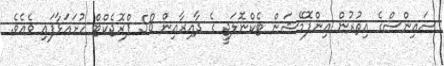
ސައިންސްގެ އިތުރުން އިންފޮމޭޝަން ޓެކްނޮލަޖީ ގެ ދާއިރާއިން 58 ޕްރޮޖެކްޓް ހުށައަޅާފައި ވެއެވެ.